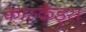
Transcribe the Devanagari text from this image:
कास्कैड्स